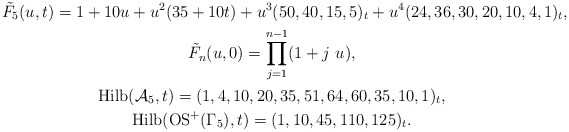
\begin{gather*}{\tilde{F}}_{5}(u,t) = 1+10 u+ u^2 (35+10 t)+ u^3 (50,40,15,5)_{t}+ u^4 (24,36,30,20,10,4,1)_{t},\\ {\tilde{F}}_{n}(u,0)= \prod_{j=1}^{n-1}(1+ j~u),\\{\rm Hilb}({\cal A}_5,t)=(1,4,10,20,35,51,64,60,35,10,1)_{t},\\{\rm Hilb}({\rm OS}^{+}(\Gamma_5),t)= (1,10,45,110,125)_{t}.\end{gather*}